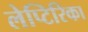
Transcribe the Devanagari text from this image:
लेप्टिरिका